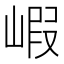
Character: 𡺁